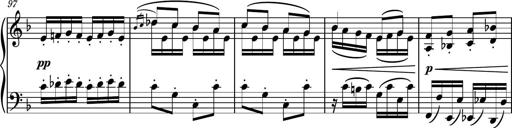
Title: Piano Sonatina No.8
Composer: Dimitri Sykias
Key: F major